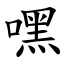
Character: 嘿